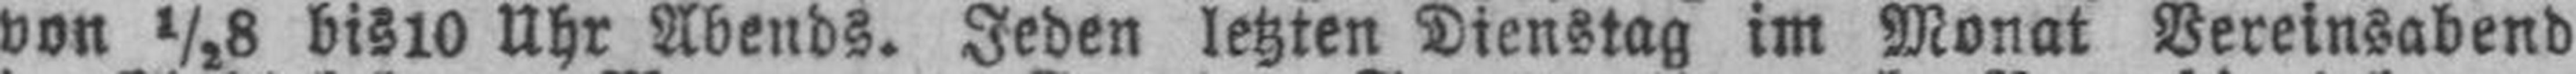
von ½8 bis 10 Uhr Abends. Jeden letzten Dienstag im Monat Vereinsabend